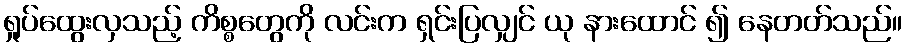
ရှုပ်ထွေးလှသည့် ကိစ္စတွေကို လင်းက ရှင်းပြလျှင် ယု နားထောင် ၍ နေတတ်သည်။